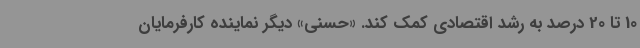
10 تا 20 درصد به رشد اقتصادی کمک کند. «حسنی» دیگر نماینده کارفرمایان